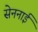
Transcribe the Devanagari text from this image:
सेननाई